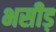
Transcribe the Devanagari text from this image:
भसीड़